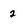
Character: 2